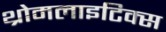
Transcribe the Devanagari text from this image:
थ्रोमलाइटिक्स